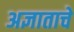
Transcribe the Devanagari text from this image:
अज्ञाताचे